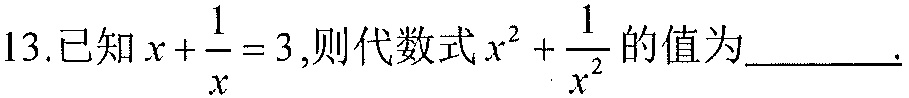
13.已知\(x+\frac{1}{x}=3\)，则代数式\(x^{2}+\frac{1}{x^{2}}\)的值为  .